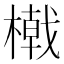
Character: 橶